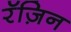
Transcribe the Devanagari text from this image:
रॅज़िन